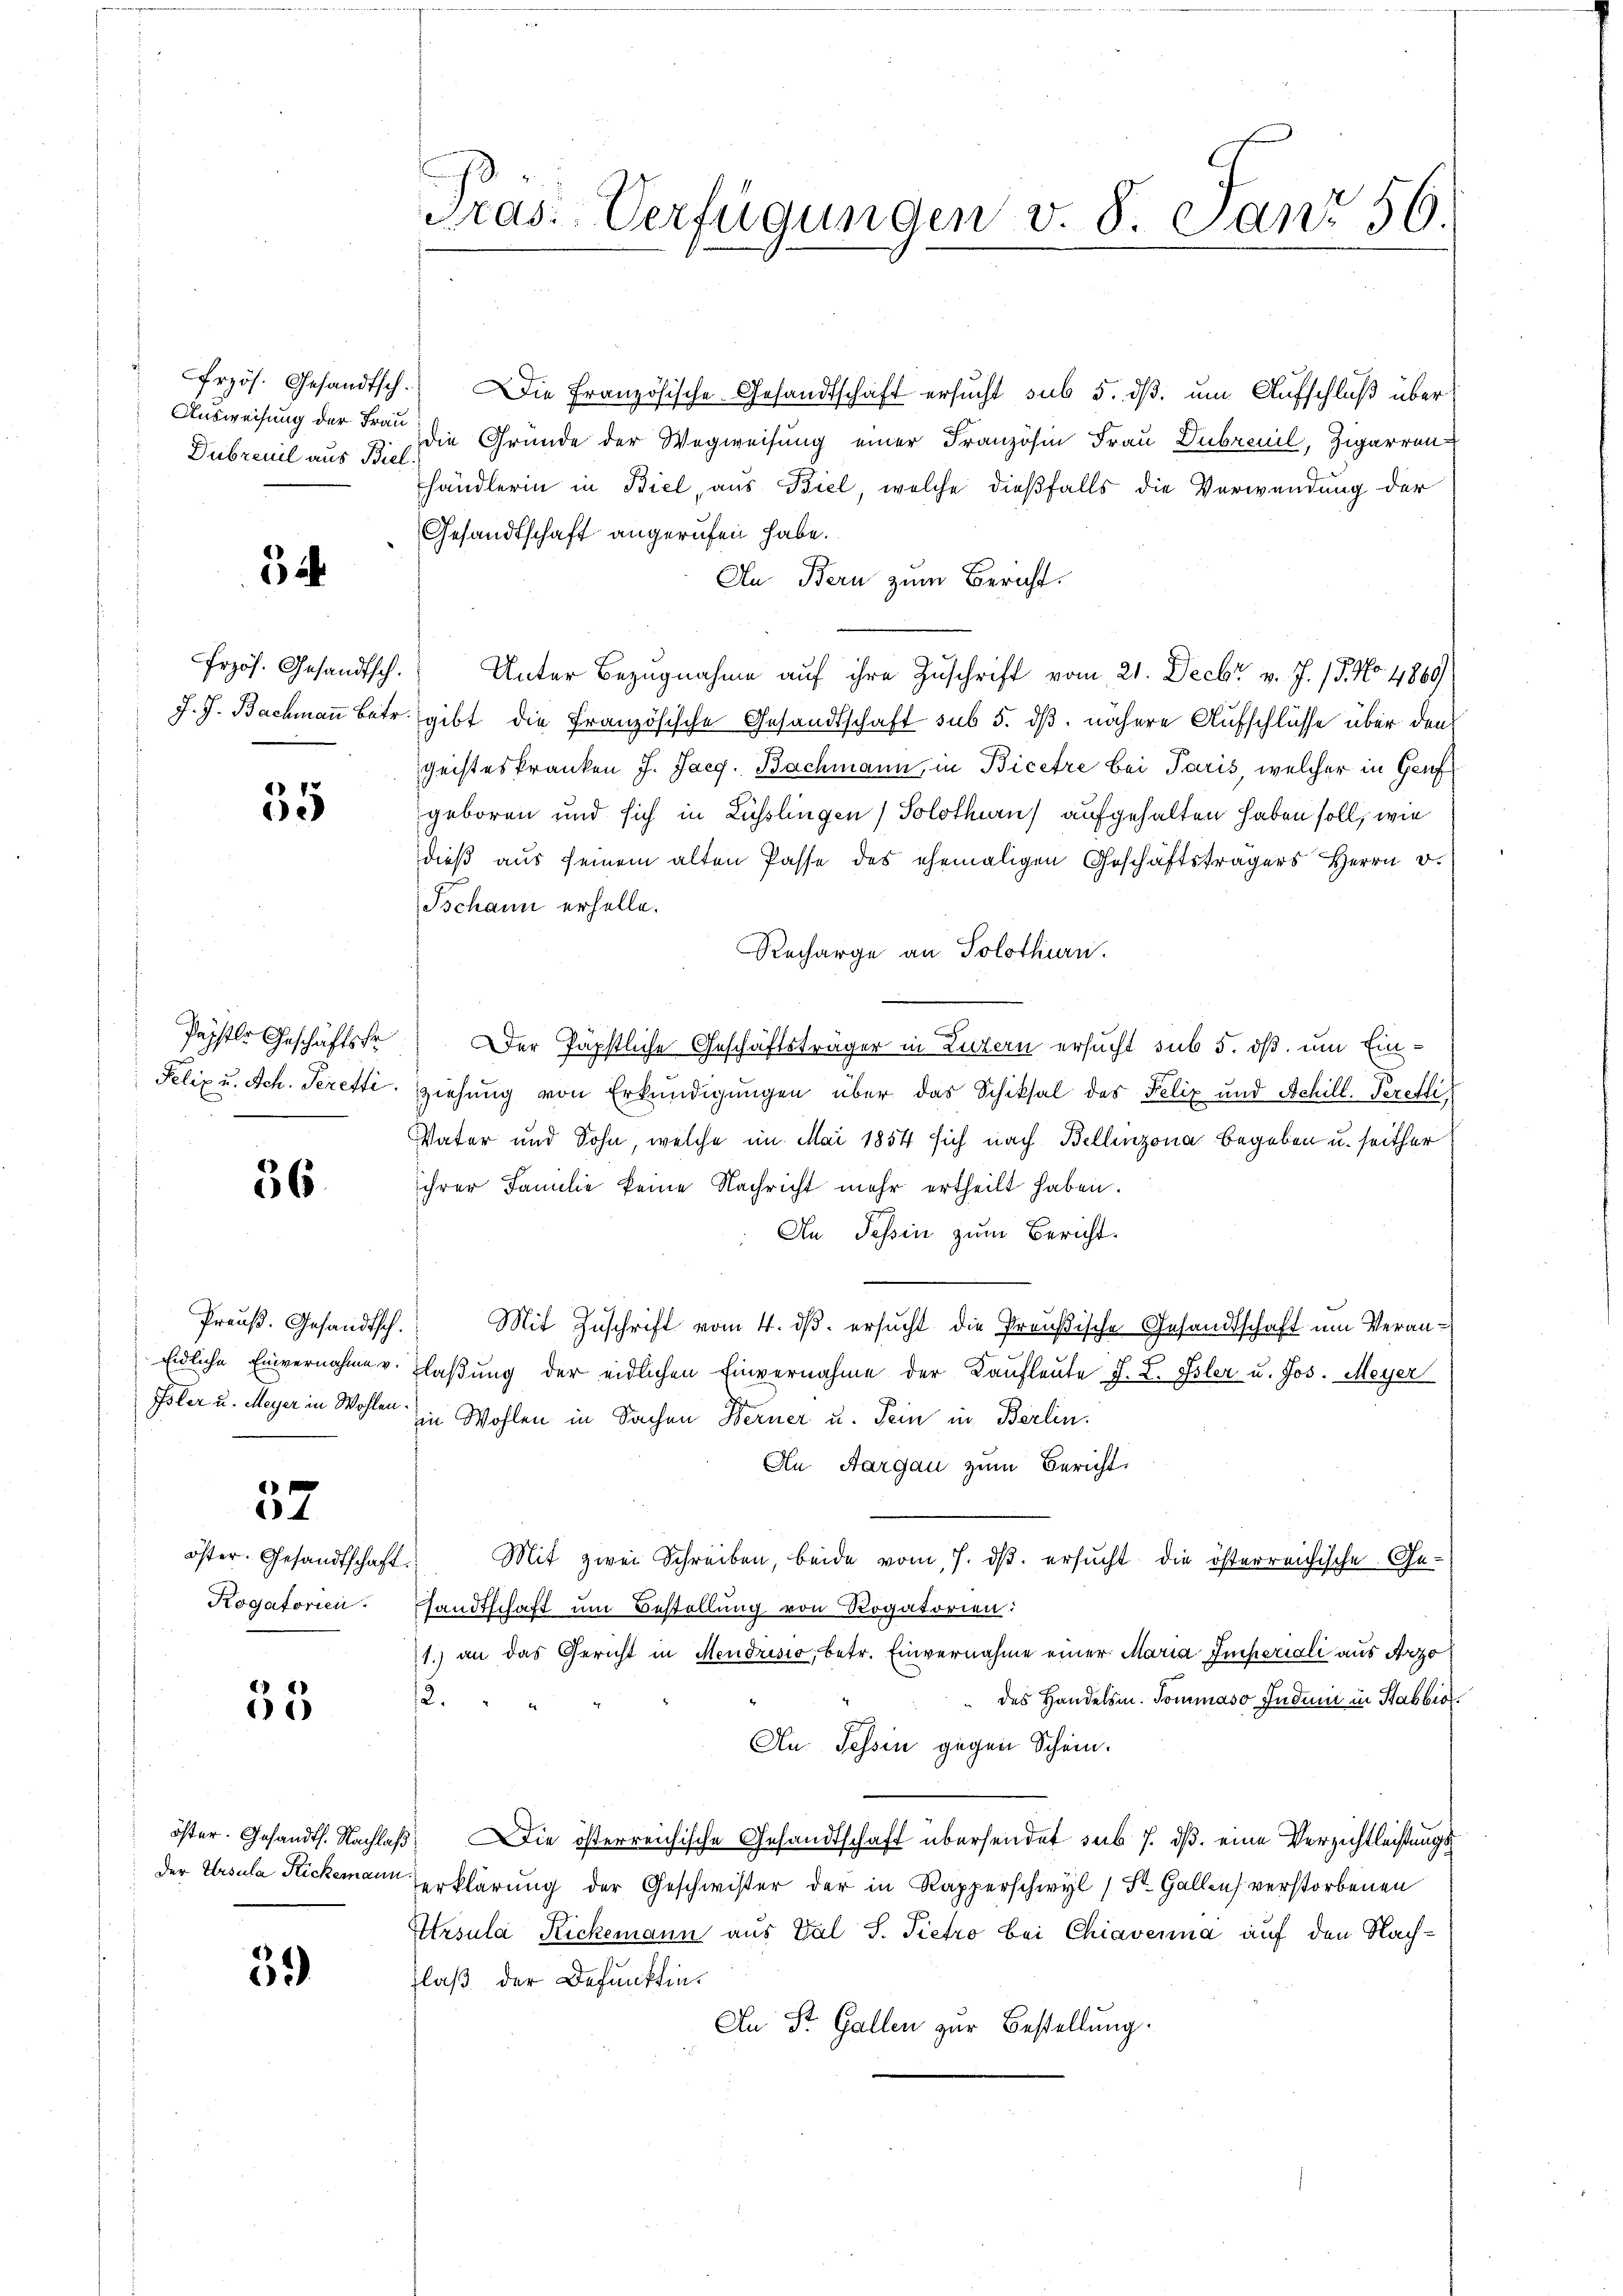
Ausweisung der Frau
Dubrevel aus Biel.

3 ih

35

Papstler Geschäftsfo
Felix u. Sch. Peretti.
e

36

Preuß. Gesandtsch.
Eidliche Einvernahme v.

37

öster. Gesandtschaft.
Rogatorien.

35

59

Gras. Verfügungen v. 8. Janz 56.

frzös. Gesandtsch. Die Französische Gesandtschaft ersucht sub 5. dß. um Aufschluß über
die Gründe der Wegweisung einer Französin Frau Dubreuil, Zigarren
händlerin in Biel, aus Biel, welche dießfalls die Verwendung der
Gesandtschaft angerufen habe.
An Bern zum Bericht.
frzös. Gesandtsch. Unter Bezugnahme auf ihre Zuschrift vom 21. Decbr v. J. 17. No. 4869)
J. J. Bachmaṅ betr. gibt die Französische Gesandtschaft sub 5. dß. nähere Aufschlüsse über den
geisteskranken J. Jaeg. Bachmann, in Bicere bei Paris, welcher in Genf
geboren und sich in Lüsslingen (Solothurn) aufgehalten haben soll, wie
dieß aus seinem alten Pässe des ehemaligen Geschäftsträgers Herrn D.
Ischann erhelle.
Recharge an Solothurn.
Der Päpstliche Geschäftsträger in Luzern ersucht sub 5. dß um Einziehung von Erkundigungen über das Schiksal des Felix und Schill. Perefli
Vater und Sohn, welche im Mai 1854 sich nach Bellinzona begeben u. seither
ihrer Familie keine Nachricht mehr ertheilt haben.
An Tessin zum Bericht.
Mit Zuschrift vom 4. dβ. ersucht die Preußische Gesandtschaft um Veran¬
Flaßung der eidlichen Einvernahme der Kaufleute F. L. Isler u. Jos. Meyer
Isler u. Meyer in Wohlen Wohlen in Sachen Berner u. Sein in Berlin.
An Aargau zum Bericht.
Mit zwei Schreiben, beide vom 7. ds. ersucht die österreichische Ge-
sandtschaft um Bestellung von Rogatorien:
1.) an das Gericht in Mendrisio, betr. Einvernahme einer Maria Imperiali aus Arz
12.
des Handelsm. Tommaso Jndum in Stabbia
An Tessin gegen Schein.
öster. Gesandts. Nachlaβ die österreichische Gesandtschaft übersendet sub 7. ds. eine Verzichtleistungsder Ursula Stickemann erklärung der Geschwister der in Rapperschwyl 1 St. Gallen verstorbenen
Ursula Rickemann aus Val S. Pietro bei Chiavenna auf den Nachlaß der Befunktin¬
An St. Gallen zur Bestellung.